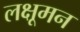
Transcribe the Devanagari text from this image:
लक्षूमन